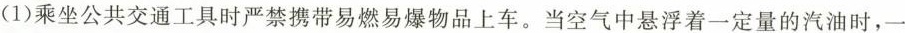
(1)乘坐公共交通工具时严禁携带易燃易爆物品上车。当空气中悬浮着一